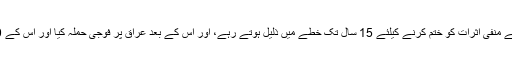
علاوہ ازایں، خود امریکہ اور اس کے اتحادی صحرائی طوفان کے منفی اثرات کو ختم کرنے کیلئے 15 سال تک خطے میں ذلیل ہوتے رہے، اور اس کے بعد عراق پر فوجی حملہ کیا اور اس کے 10 سال بعد ذلت آمیز شکست کھا کر خطے سے رخصت ہوئے۔